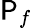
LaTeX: \mathsf{P}_{f}